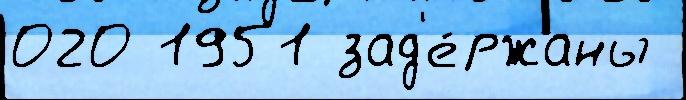
020 1951 зад'е́ржаны